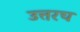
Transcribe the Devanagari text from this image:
उत्तरच